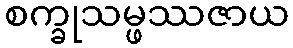
စက္ခုသမ္ဖဿဇာယ